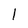
Character: l